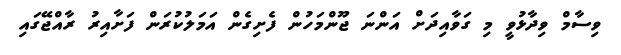
ވިސާމް ވިދާޅުވީ މި ގަވާއިދަށް އަންނަ ޖޫންމަހުން ފެށިގެން އަމަލުކުރަން ފަށާއިރު ރާއްޖޭގައި